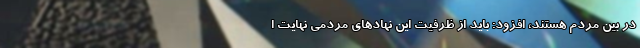
در بین مردم هستند، افزود: باید از ظرفیت این نهادهای مردمی نهایت ا